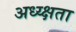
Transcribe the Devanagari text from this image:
अध्य्क्षता